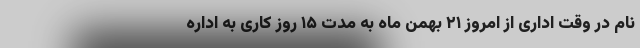
نام در وقت اداری از امروز ۲۱ بهمن ماه به مدت ۱۵ روز کاری به اداره